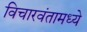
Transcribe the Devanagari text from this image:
विचारवंतामध्ये